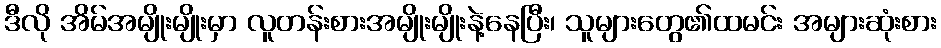
ဒီလို အိမ်အမျိုးမျိုးမှာ လူတန်းစားအမျိုးမျိုးနဲ့နေပြီး၊ သူများတွေ၏ထမင်း အများဆုံးစား